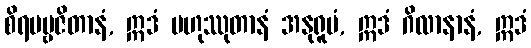
စိရပဗ္ဗဇိတာနံ, ဣဒံ ဗဟုဿုတာနံ အနုရူပံ, ဣဒံ ဂိလာနာနံ, ဣဒံ